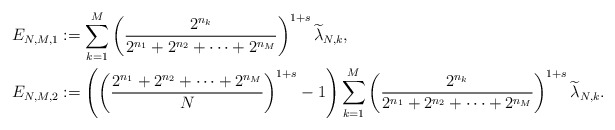
\begin{align*}E_{N,M,1} & :=\sum_{k=1}^{M}\left(\frac{2^{n_{k}}}{2^{n_{1}}+2^{n_{2}}+\cdots+2^{n_{M}}}\right)^{1+s}\widetilde{\lambda}_{N,k},\\E_{N,M,2} & :=\left(\left(\frac{2^{n_{1}}+2^{n_{2}}+\cdots+2^{n_{M}}}{N}\right)^{1+s}-1\right) \sum_{k=1}^{M}\left(\frac{2^{n_{k}}}{2^{n_{1}}+2^{n_{2}}+\cdots+2^{n_{M}}}\right)^{1+s} \widetilde{\lambda}_{N,k}.\end{align*}